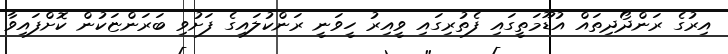
އިރުގެ ރަންދޯދިތައް އުޑޫމަތީގައި ފެތުރިގައި ވީއިރު ހީވަނީ ރަންކުލައިގެ ފަށުވި ބަރަންޏަކުން ކޮށްފައިވާ